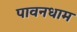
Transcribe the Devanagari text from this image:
पावनधाम